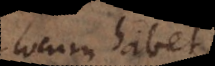
locum habet